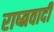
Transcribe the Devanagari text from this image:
राष्त्रवादी